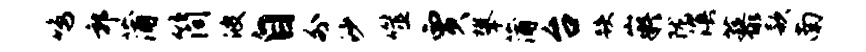
鸣郭蒲简波自外沙噬贾攀蒲台跌嶷陇溟藜款南